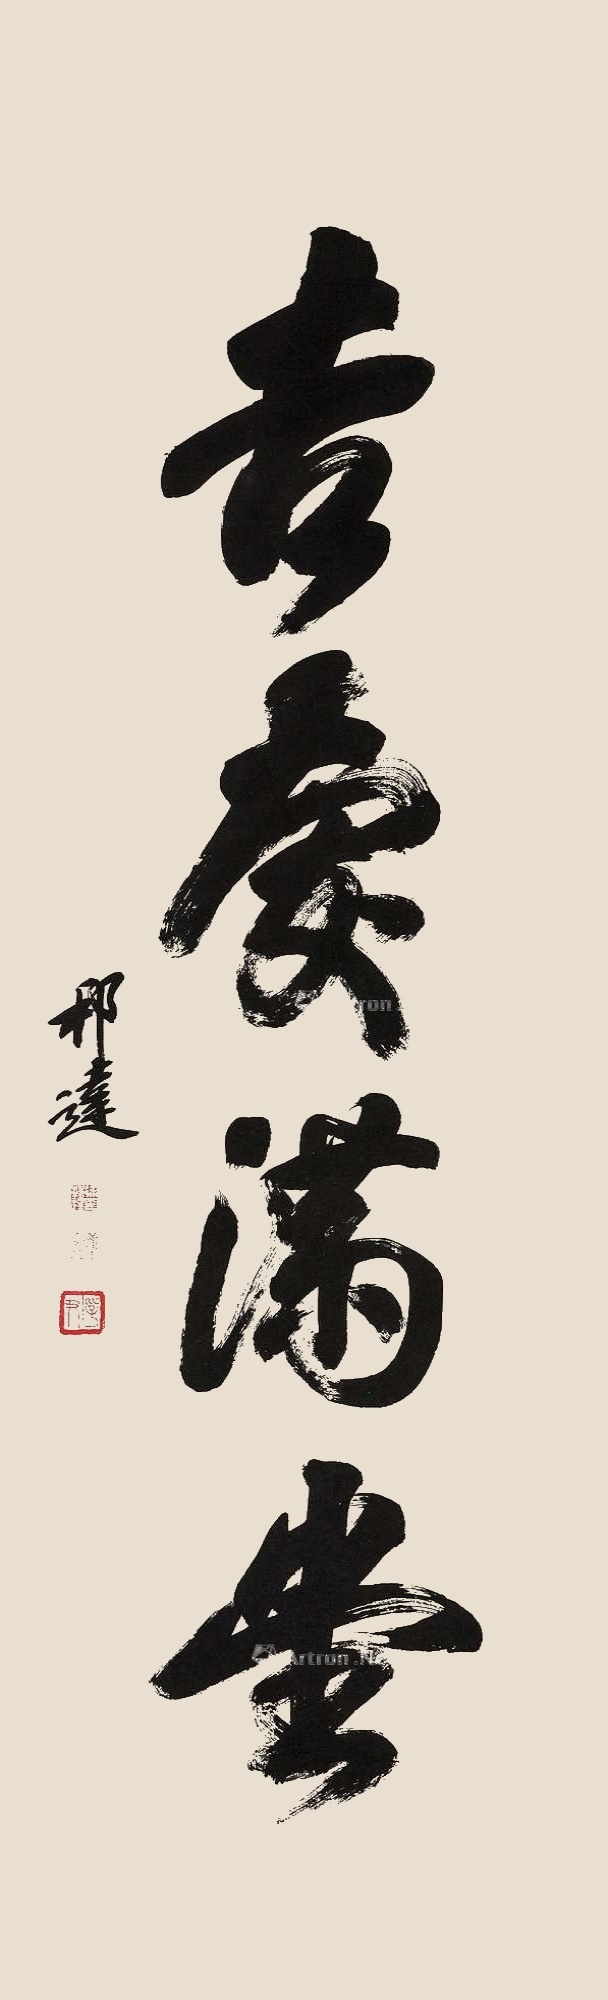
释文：吉庆满堂。邦达。